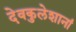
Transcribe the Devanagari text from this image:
देवकुलेशानां